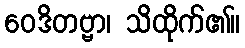
ဝေဒိတဗ္ဗာ၊ သိထိုက်၏။